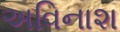
અવિનાશ